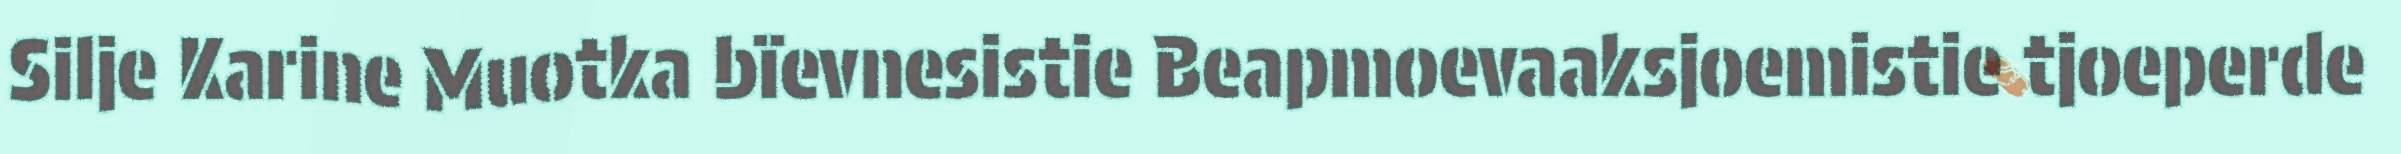
Silje Karine Muotka bïevnesistie Beapmoevaaksjoemistie tjoeperde